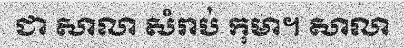
ជា សាលា សំរាប់ កុមា។ សាលា